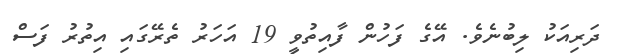
ދަރިއަކު ލިބުނެވެ. އޭގެ ފަހުން ފާއިތުވީ 19 އަހަރު ތެރޭގައި އިތުރު ފަސް